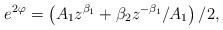
LaTeX: \begin{align*}e^{2\varphi }=\left( A_1z^{\beta _1}+\beta _2z^{-\beta _1}/A_1\right) /2,\end{align*}